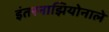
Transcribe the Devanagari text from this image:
इंतरनाझियोनाले